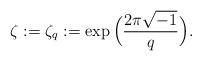
\begin{align*} \zeta:=\zeta_q:=\exp\Big(\frac{2\pi \sqrt{-1}}{q}\Big).\end{align*}